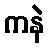
ကနဲ